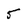
Character: 5